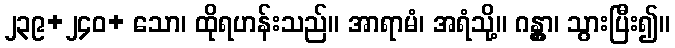
၂၃၉+၂၄၀+ သော၊ ထိုရဟန်းသည်။ အာရာမံ၊ အရံသို့။ ဂန္တွာ၊ သွားပြီး၍။